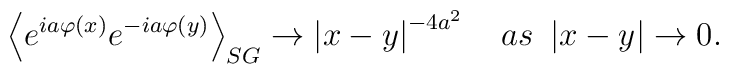
\left\langle e^{ia\varphi \left( x\right) }e^{-ia\varphi \left( y\right)}\right\rangle _{SG}\rightarrow \left| x-y\right| ^{-4a^{2}}\quad as\ \left|x-y\right| \rightarrow 0.